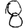
Digit: 8